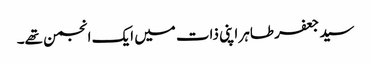
سید جعفر طاہر اپنی ذات میں ایک انجمن تھے۔